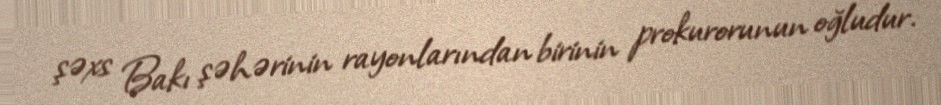
şəxs Bakı şəhərinin rayonlarından birinin prokurorunun oğludur.